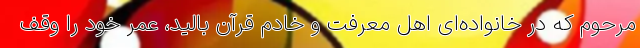
مرحوم که در خانواده‌ای اهل معرفت و خادم قرآن بالید، عمر خود را وقف